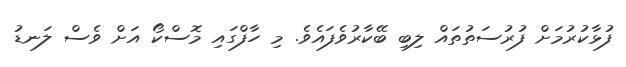
ފުޅާކުރުމަށް ފުރުސަތުތައް ލިބި ބޭކާރުވެފައެވެ. މި ހާފްގައި މޮސްކޯ އަށް ވެސް ލަނޑު